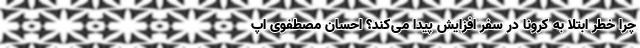
چرا خطر ابتلا به کرونا در سفر افزایش پیدا می‌کند؟ احسان مصطفوی اپ